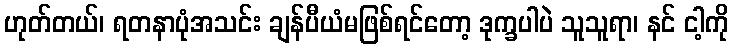
ဟုတ်တယ်၊ ရတနာပုံအသင်း ချန်ပီယံမဖြစ်ရင်တော့ ဒုက္ခပါပဲ သူသူရာ၊ နင် ငါ့ကို